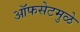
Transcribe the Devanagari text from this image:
ऑफसेटमुळे